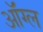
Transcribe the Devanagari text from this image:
ऑंग्ल